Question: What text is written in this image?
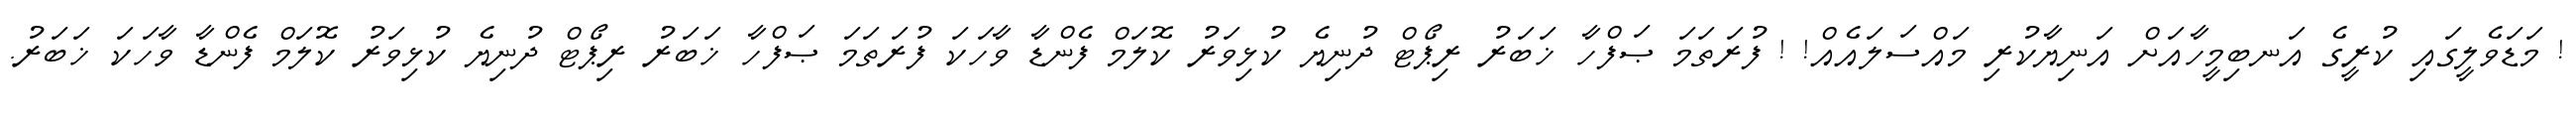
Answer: ! މަޑަވެލީގައި ކުރީގެ އަނބިމީހާއަށް އަނިޔާކުރި މައްސަލައެއް! ! ފުރަތަމަ ޞަފްހާ ޚަބަރު ރިޕޯޓް ދުނިޔެ ކުޅިވަރު ކޮލަމް ފެންޑާ ވާހަކަ ފުރަތަމަ ޞަފްހާ ޚަބަރު ރިޕޯޓް ދުނިޔެ ކުޅިވަރު ކޮލަމް ފެންޑާ ވާހަކަ ޚަބަރު.